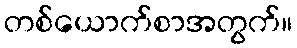
တစ်ယောက်စာအတွက်။